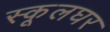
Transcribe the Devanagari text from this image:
स्कूलघर